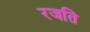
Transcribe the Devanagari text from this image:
रजति